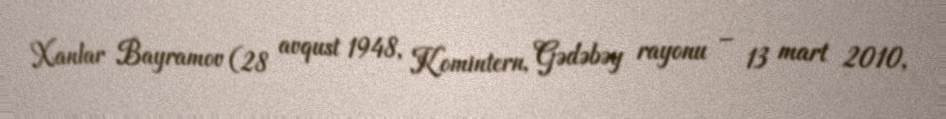
Xanlar Bayramov (28 avqust 1948, Komintern, Gədəbəy rayonu – 13 mart 2010,